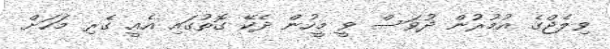
ވިލެޖްގެ އުމުރުން ދުވަސް ވީ މީހުން ދެކޭ ގޮތުގައި އެއީ ގެރި މަހަށް